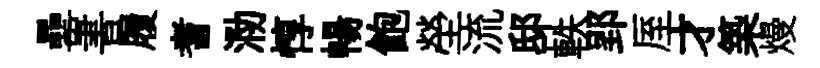
罍書履耆泐惇暢飽塋流邸軼郢厔才築熳